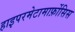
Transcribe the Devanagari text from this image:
हाइपरमेटामार्फ़ोसिस